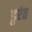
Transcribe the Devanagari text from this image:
डुरंत